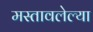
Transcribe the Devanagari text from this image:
मस्तावलेल्या